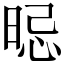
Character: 𣇡